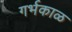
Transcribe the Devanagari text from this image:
गर्भकाळ